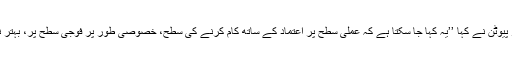
روسی ٹی وی کو دئیے گئے ایک انٹرویو میں، روسی صدر پیوٹن نے کہا ’’یہ کہا جا سکتا ہے کہ عملی سطح پر اعتماد کے ساتھ کام کرنے کی سطح، خصوصی طور پر فوجی سطح پر، بہتر نہیں ہوئے بلکہ زیادہ امکان یہ ہے کہ یہ خراب ہوئے ہیں‘‘۔